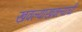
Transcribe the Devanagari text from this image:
खवल्याखवल्याची